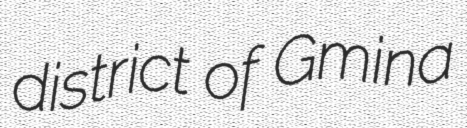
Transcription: district of Gmina